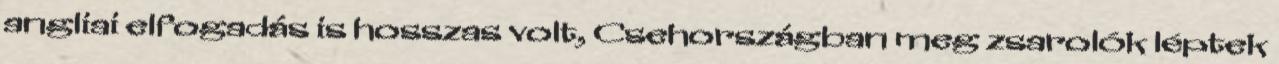
angliai elfogadás is hosszas volt, Csehországban meg zsarolók léptek